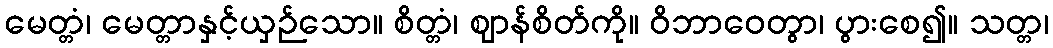
မေတ္တံ၊ မေတ္တာနှင့်ယှဉ်သော။ စိတ္တံ၊ ဈာန်စိတ်ကို။ ဝိဘာဝေတွာ၊ ပွားစေ၍။ သတ္တ၊